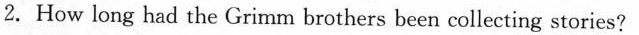
2.How long had the Grimm brothers been collecting stories?